Civil Veterinary Department. United Provinces 1932-42 - 1932-1942
Year: 1932
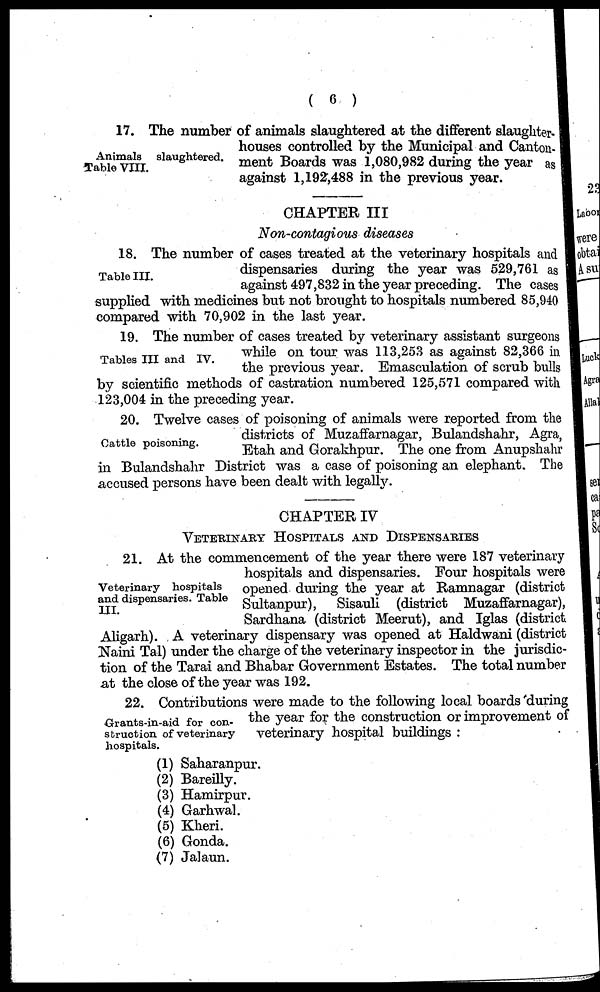
(6)
Animals slaughtered.
Table VIII.
17. The number of animals slaughtered at the different slaughter-
houses controlled by the Municipal and Canton-
ment Boards was 1,080,982 during the year as
against 1,192,488 in the previous year.
CHAPTER III
Non-contagious diseases
Table III.
18. The number of cases treated at the veterinary hospitals and
dispensaries during the year was 529,761 as
against 497,832 in the year preceding. The cases
supplied with medicines but not brought to hospitals numbered 85,940
compared with 70,902 in the last year.
Tables III and IV.
19. The number of cases treated by veterinary assistant surgeons
while on tour was 113,253 as against 82,366 in
the previous year. Emasculation of scrub bulls
by scientific methods of castration numbered 125,571 compared with
123,004 in the preceding year.
Cattle poisoning.
20. Twelve cases of poisoning of animals were reported from the
districts of Muzaffarnagar, Bulandshahr, Agra,
Etah and Gorakhpur. The one from Anupshahr
in Bulandshahr District was a case of poisoning an elephant. The
accused persons have been dealt with legally.
CHAPTER IV
VETERINARY HOSPITALS AND DISPENSARIES
Veterinary hospitals
and dispensaries. Table
III.
21. At the commencement of the year there were 187 veterinary
hospitals and dispensaries. Four hospitals were
opened during the year at Ramnagar (district
Sultanpur), Sisauli (district Muzaffarnagar),
Sardhana (district Meerut), and Iglas (district
Aligarh). A veterinary dispensary was opened at Haldwani (district
Naini Tal) under the charge of the veterinary inspector in the jurisdic-
tion of the Tarai and Bhabar Government Estates. The total number
at the close of the year was 192.
Grants-in-aid for con-
struction of veterinary
hospitals.
22. Contributions were made to the following local boards during
the year for the construction or improvement of
veterinary hospital buildings:
(1) Saharanpur.
(2) Bareilly.
(3) Hamirpur.
(4) Garhwal.
(5) Kheri.
(6) Gonda.
(7) Jalaun.